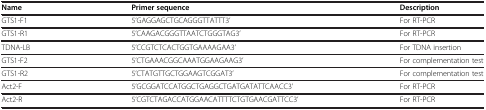
<table><thead><tr><td><b>Name</b></td><td><b>Primer sequence</b></td><td><b>Description</b></td></tr></thead><tbody><tr><td>GTS1-F1</td><td>5’GAGGAGCTGCAGGGTTATTT3’</td><td>For RT-PCR</td></tr><tr><td>GTS1-R1</td><td>5’CAAGACGGGTTAATCTGGGTAG3’</td><td>For RT-PCR</td></tr><tr><td>TDNA-LB</td><td>5’CCGTCTCACTGGTGAAAAGAA3’</td><td>For TDNA insertion</td></tr><tr><td>GTS1-F2</td><td>5’CTGAAACGGCAAATGGAAGAAG3’</td><td>For complementation test</td></tr><tr><td>GTS1-R2</td><td>5’CTATGTTGCTGGAAGTCGGAT3’</td><td>For complementation test</td></tr><tr><td>Act2-F</td><td>5’GCGGATCCATGGCTGAGGCTGATGATATTCAACC3’</td><td>For RT-PCR</td></tr><tr><td>Act2-R</td><td>5’CGTCTAGACCATGGAACATTTTCTGTGAACGATTCC3’</td><td>For RT-PCR</td></tr></tbody></table>